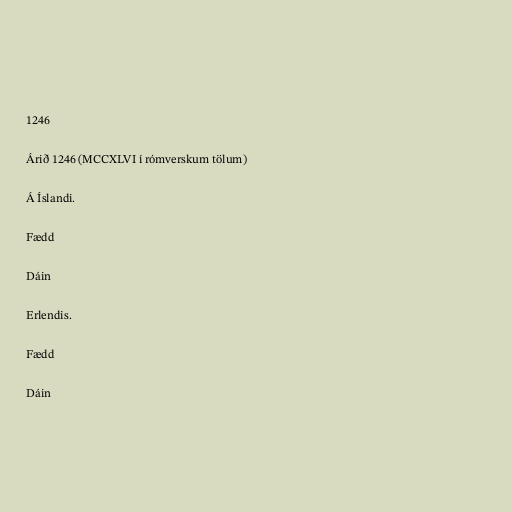
1246

Árið 1246 (MCCXLVI í rómverskum tölum)

Á Íslandi.

Fædd

Dáin

Erlendis.

Fædd

Dáin